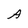
Character: A